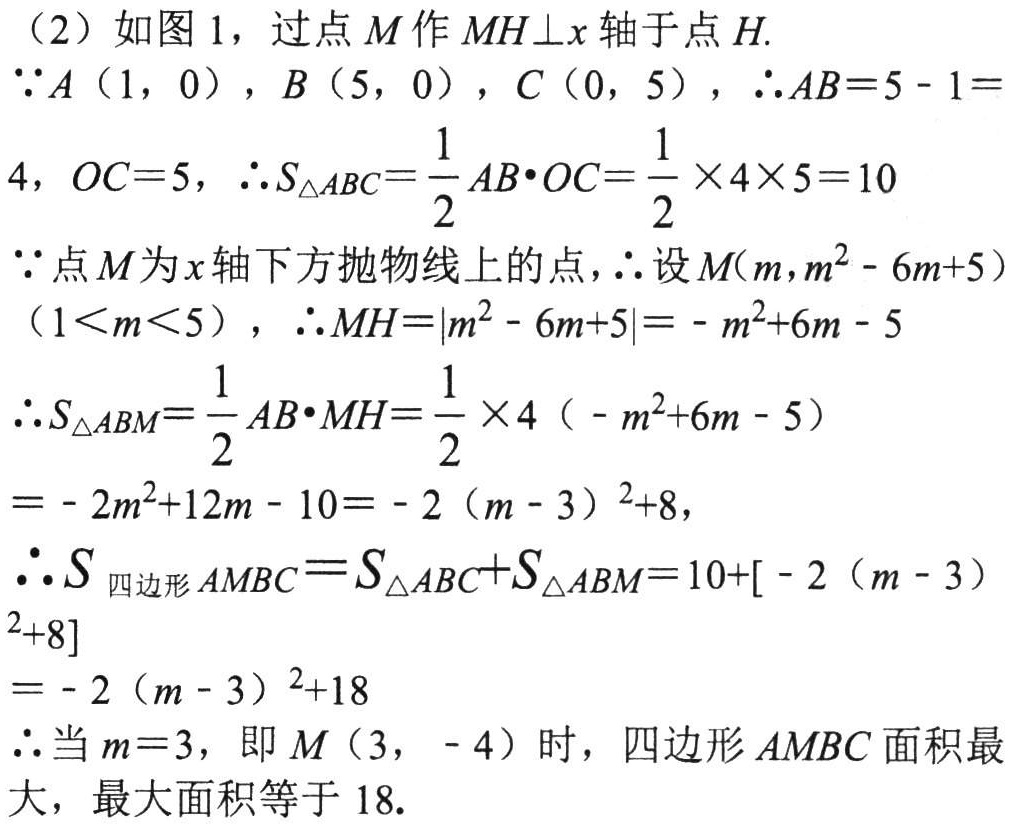
（2）如图 1，过点 \(M\) 作 \(MH\perp x\) 轴于点 \(H\).
\(\because A(1,0)\)，\(B(5,0)\)，\(C(0,5)\)，\(\therefore AB = 5 - 1=4\)，\(OC = 5\)，\(\therefore S_{\triangle ABC}=\frac{1}{2}AB\cdot OC=\frac{1}{2}\times4\times5 = 10\)
\(\because\)点 \(M\) 为 \(x\) 轴下方抛物线上的点，\(\therefore\)设 \(M(m,m^{2}-6m + 5)\)（\(1\lt m\lt5\)），\(\therefore MH=\vert m^{2}-6m + 5\vert=-m^{2}+6m - 5\)
\(\therefore S_{\triangle ABM}=\frac{1}{2}AB\cdot MH=\frac{1}{2}\times4(-m^{2}+6m - 5)\)
\(=-2m^{2}+12m - 10=-2(m - 3)^{2}+8\)，
\(\therefore S_{四边形AMBC}=S_{\triangle ABC}+S_{\triangle ABM}=10+[-2(m - 3)^{2}+8]\)
\(=-2(m - 3)^{2}+18\)
\(\therefore\)当 \(m = 3\)，即 \(M(3,-4)\) 时，四边形 \(AMBC\) 面积最大，最大面积等于 \(18\).